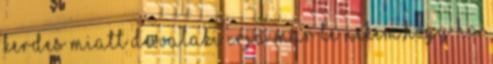
kerdes miatt De valaki irja mar le nekem,hogy ha